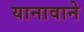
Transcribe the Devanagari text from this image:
यानावाने